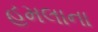
હૂમલાના